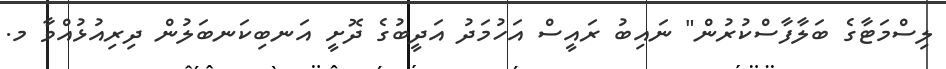
ލިސްމަޓާގެ ބަލާފާސްކުރުން" ނައިބު ރައީސް އަހުމަދު އަދީބުގެ ދޮށީ އަނބިކަނބަލުން ދިރިއުޅުއްވާ މ.